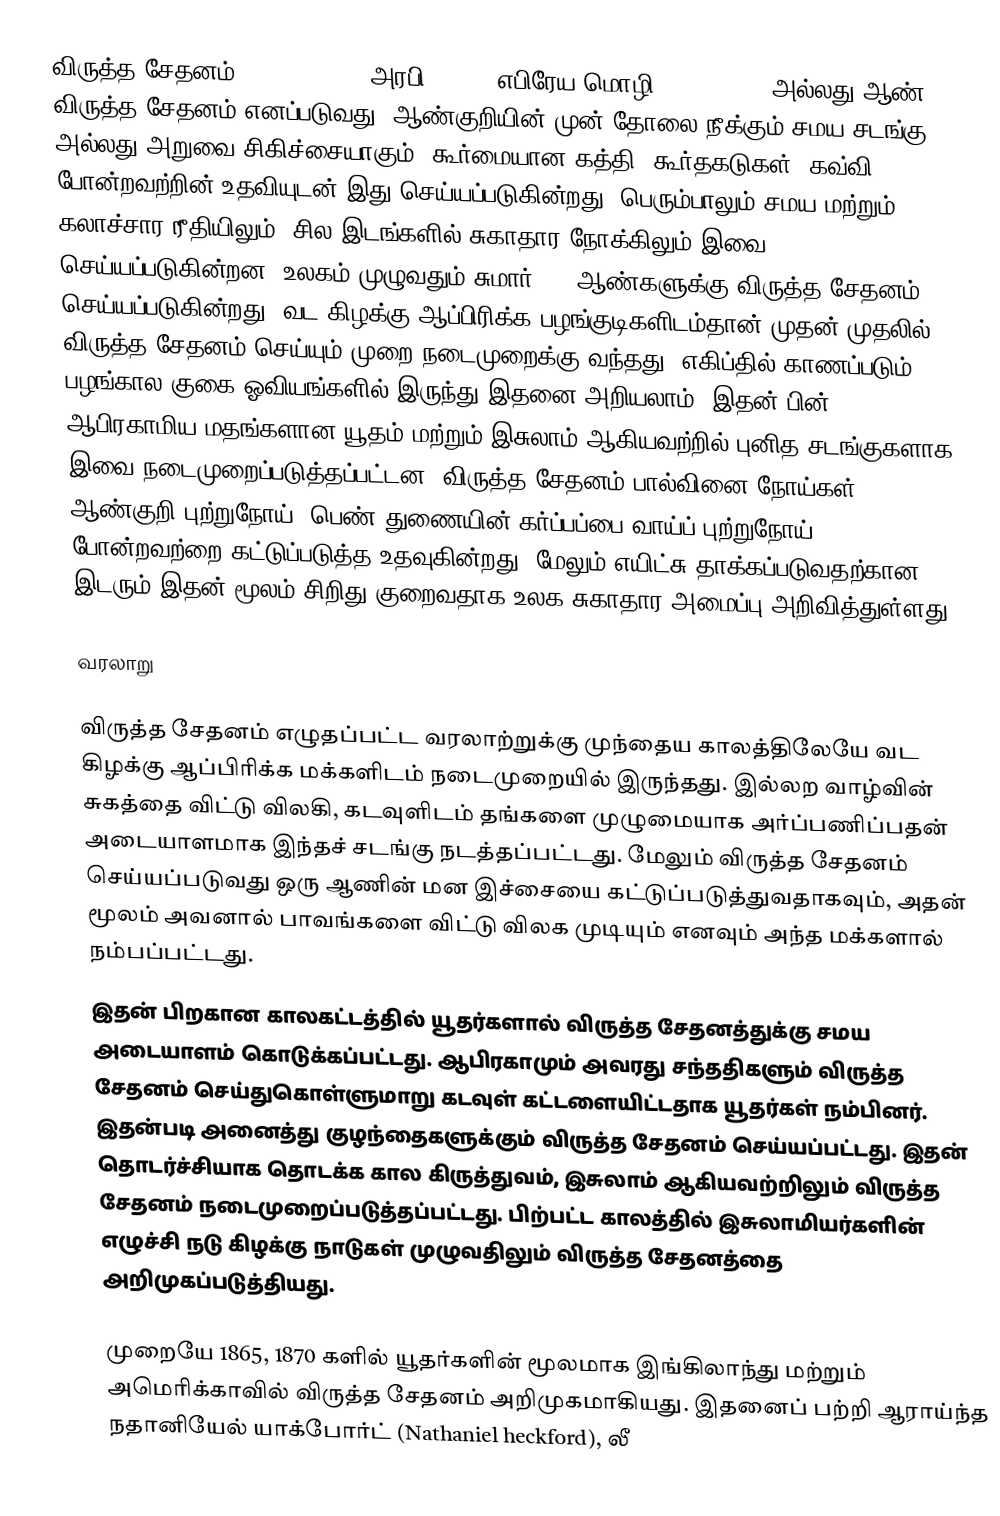
விருத்த சேதனம் (circumcision அரபி: ختنة; எபிரேய மொழி: בְּרִית מִילָה) அல்லது ஆண் விருத்த சேதனம் எனப்படுவது, ஆண்குறியின் முன் தோலை நீக்கும் சமய சடங்கு அல்லது அறுவை சிகிச்சையாகும். கூர்மையான கத்தி, கூர்தகடுகள், கவ்வி போன்றவற்றின் உதவியுடன் இது செய்யப்படுகின்றது. பெரும்பாலும் சமய மற்றும் கலாச்சார ரீதியிலும், சில இடங்களில் சுகாதார நோக்கிலும் இவை செய்யப்படுகின்றன. உலகம் முழுவதும் சுமார் 30% ஆண்களுக்கு விருத்த சேதனம் செய்யப்படுகின்றது. வட கிழக்கு ஆப்பிரிக்க பழங்குடிகளிடம்தான் முதன் முதலில் விருத்த சேதனம் செய்யும் முறை நடைமுறைக்கு வந்தது. எகிப்தில் காணப்படும் பழங்கால குகை ஓவியங்களில் இருந்து இதனை அறியலாம். இதன் பின் ஆபிரகாமிய மதங்களான யூதம் மற்றும் இசுலாம் ஆகியவற்றில் புனித சடங்குகளாக இவை நடைமுறைப்படுத்தப்பட்டன. விருத்த சேதனம் பால்வினை நோய்கள், ஆண்குறி புற்றுநோய், பெண் துணையின் கர்ப்பப்பை வாய்ப் புற்றுநோய் போன்றவற்றை கட்டுப்படுத்த உதவுகின்றது. மேலும் எயிட்சு தாக்கப்படுவதற்கான இடரும் இதன் மூலம் சிறிது குறைவதாக உலக சுகாதார அமைப்பு அறிவித்துள்ளது.

வரலாறு

விருத்த சேதனம் எழுதப்பட்ட வரலாற்றுக்கு முந்தைய காலத்திலேயே வட கிழக்கு ஆப்பிரிக்க மக்களிடம் நடைமுறையில் இருந்தது. இல்லற வாழ்வின் சுகத்தை விட்டு விலகி, கடவுளிடம் தங்களை முழுமையாக அர்ப்பணிப்பதன் அடையாளமாக இந்தச் சடங்கு நடத்தப்பட்டது. மேலும் விருத்த சேதனம் செய்யப்படுவது ஒரு ஆணின் மன இச்சையை கட்டுப்படுத்துவதாகவும், அதன் மூலம் அவனால் பாவங்களை விட்டு விலக முடியும் எனவும் அந்த மக்களால் நம்பப்பட்டது.
இதன் பிறகான காலகட்டத்தில் யூதர்களால் விருத்த சேதனத்துக்கு சமய அடையாளம் கொடுக்கப்பட்டது. ஆபிரகாமும் அவரது சந்ததிகளும் விருத்த சேதனம் செய்துகொள்ளுமாறு கடவுள் கட்டளையிட்டதாக யூதர்கள் நம்பினர். இதன்படி அனைத்து குழந்தைகளுக்கும் விருத்த சேதனம் செய்யப்பட்டது. இதன் தொடர்ச்சியாக தொடக்க கால கிருத்துவம், இசுலாம் ஆகியவற்றிலும் விருத்த சேதனம் நடைமுறைப்படுத்தப்பட்டது. பிற்பட்ட காலத்தில் இசுலாமியர்களின் எழுச்சி நடு கிழக்கு நாடுகள் முழுவதிலும் விருத்த சேதனத்தை அறிமுகப்படுத்தியது.

முறையே 1865, 1870 களில் யூதர்களின் மூலமாக இங்கிலாந்து மற்றும் அமெரிக்காவில் விருத்த சேதனம் அறிமுகமாகியது. இதனைப் பற்றி ஆராய்ந்த நதானியேல் யாக்போர்ட் (Nathaniel heckford), லீ